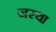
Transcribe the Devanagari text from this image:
जस्था